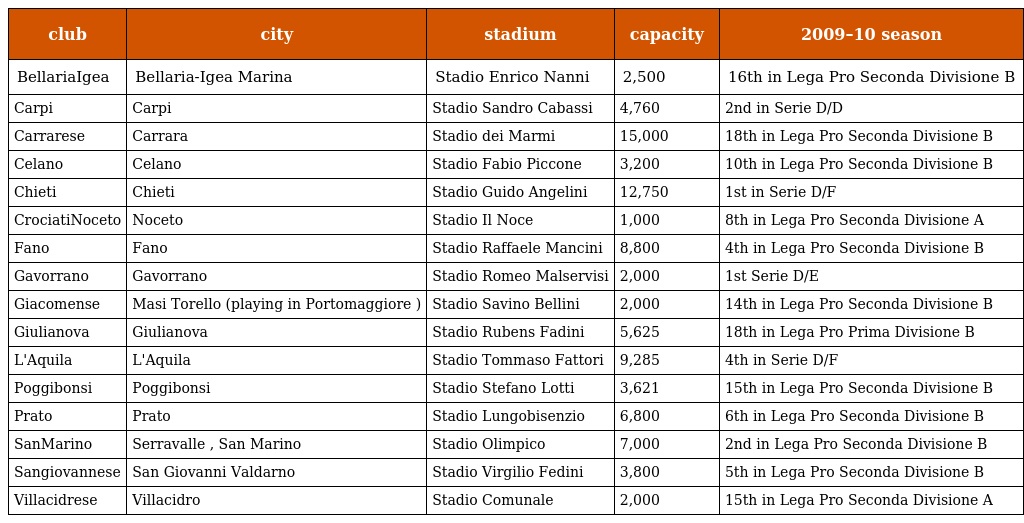
| club | city | stadium | capacity | 2009–10 season |
 | --- | --- | --- | --- | --- |
 | BellariaIgea | Bellaria-Igea Marina | Stadio Enrico Nanni | 2,500 | 16th in Lega Pro Seconda Divisione B |
 | Carpi | Carpi | Stadio Sandro Cabassi | 4,760 | 2nd in Serie D/D |
 | Carrarese | Carrara | Stadio dei Marmi | 15,000 | 18th in Lega Pro Seconda Divisione B |
 | Celano | Celano | Stadio Fabio Piccone | 3,200 | 10th in Lega Pro Seconda Divisione B |
 | Chieti | Chieti | Stadio Guido Angelini | 12,750 | 1st in Serie D/F |
 | CrociatiNoceto | Noceto | Stadio Il Noce | 1,000 | 8th in Lega Pro Seconda Divisione A |
 | Fano | Fano | Stadio Raffaele Mancini | 8,800 | 4th in Lega Pro Seconda Divisione B |
 | Gavorrano | Gavorrano | Stadio Romeo Malservisi | 2,000 | 1st Serie D/E |
 | Giacomense | Masi Torello (playing in Portomaggiore ) | Stadio Savino Bellini | 2,000 | 14th in Lega Pro Seconda Divisione B |
 | Giulianova | Giulianova | Stadio Rubens Fadini | 5,625 | 18th in Lega Pro Prima Divisione B |
 | L'Aquila | L'Aquila | Stadio Tommaso Fattori | 9,285 | 4th in Serie D/F |
 | Poggibonsi | Poggibonsi | Stadio Stefano Lotti | 3,621 | 15th in Lega Pro Seconda Divisione B |
 | Prato | Prato | Stadio Lungobisenzio | 6,800 | 6th in Lega Pro Seconda Divisione B |
 | SanMarino | Serravalle , San Marino | Stadio Olimpico | 7,000 | 2nd in Lega Pro Seconda Divisione B |
 | Sangiovannese | San Giovanni Valdarno | Stadio Virgilio Fedini | 3,800 | 5th in Lega Pro Seconda Divisione B |
 | Villacidrese | Villacidro | Stadio Comunale | 2,000 | 15th in Lega Pro Seconda Divisione A |